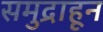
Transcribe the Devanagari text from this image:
समुद्राहून